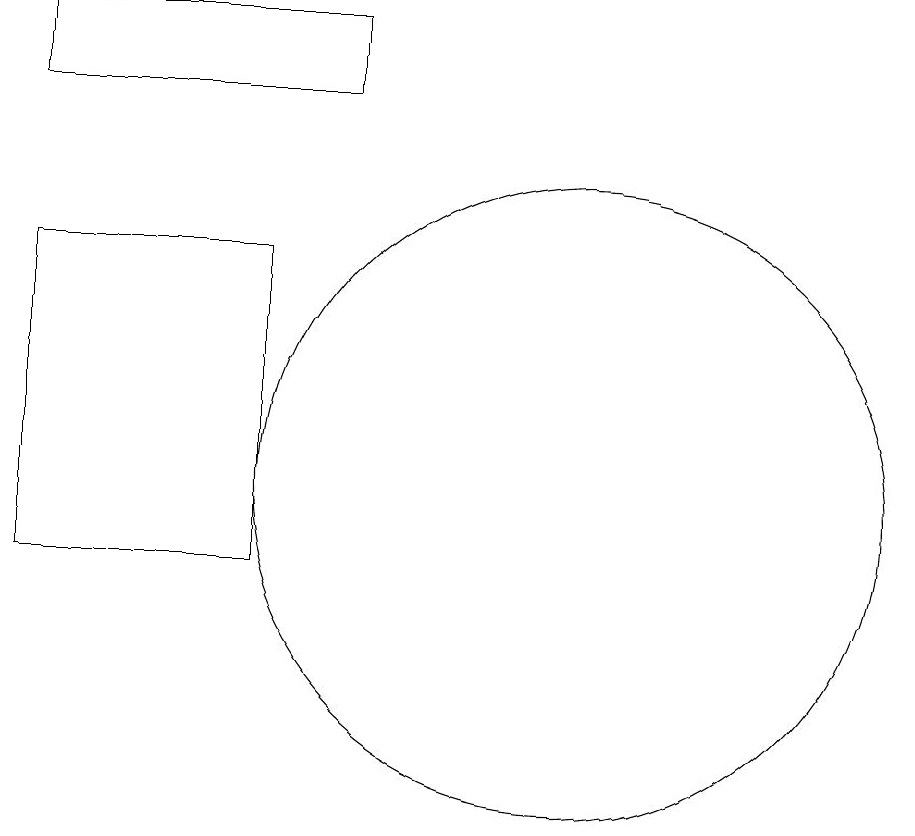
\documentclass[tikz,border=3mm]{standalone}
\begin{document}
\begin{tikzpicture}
\draw (10,12) circle (4);
\draw (6,15) rectangle (3,11);
\draw (3,18) rectangle (7,17);
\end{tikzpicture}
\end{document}